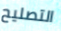
التصليح